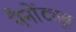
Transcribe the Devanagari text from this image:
नैनोंट्यूब